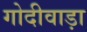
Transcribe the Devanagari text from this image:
गोदीवाड़ा